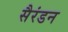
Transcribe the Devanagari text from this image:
सैरंडन